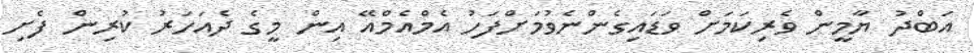
އަބްދު ޔާމީން ވެރިކަމަށް ވަޑައިގެންނެވުމަށްފަހު އެމްއެމްއޭ އިން މީގެ ދެއަހަރު ކުރިން ފެށި